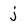
Character: j